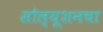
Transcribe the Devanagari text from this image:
सोल्यूशनचा